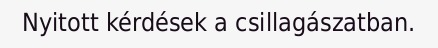
Nyitott kérdések a csillagászatban.